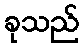
ခုသည်